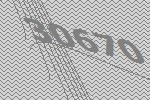
30670